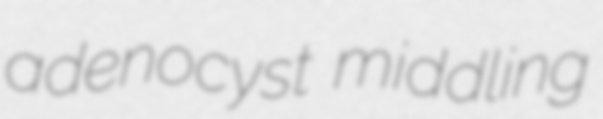
adenocyst middling